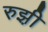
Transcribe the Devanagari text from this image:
रुझ़ी